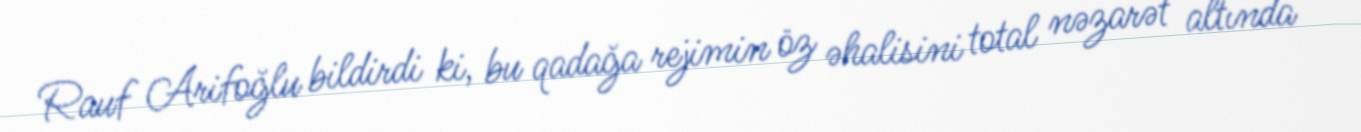
Rauf Arifoğlu bildirdi ki, bu qadağa rejimin öz əhalisini total nəzarət altında